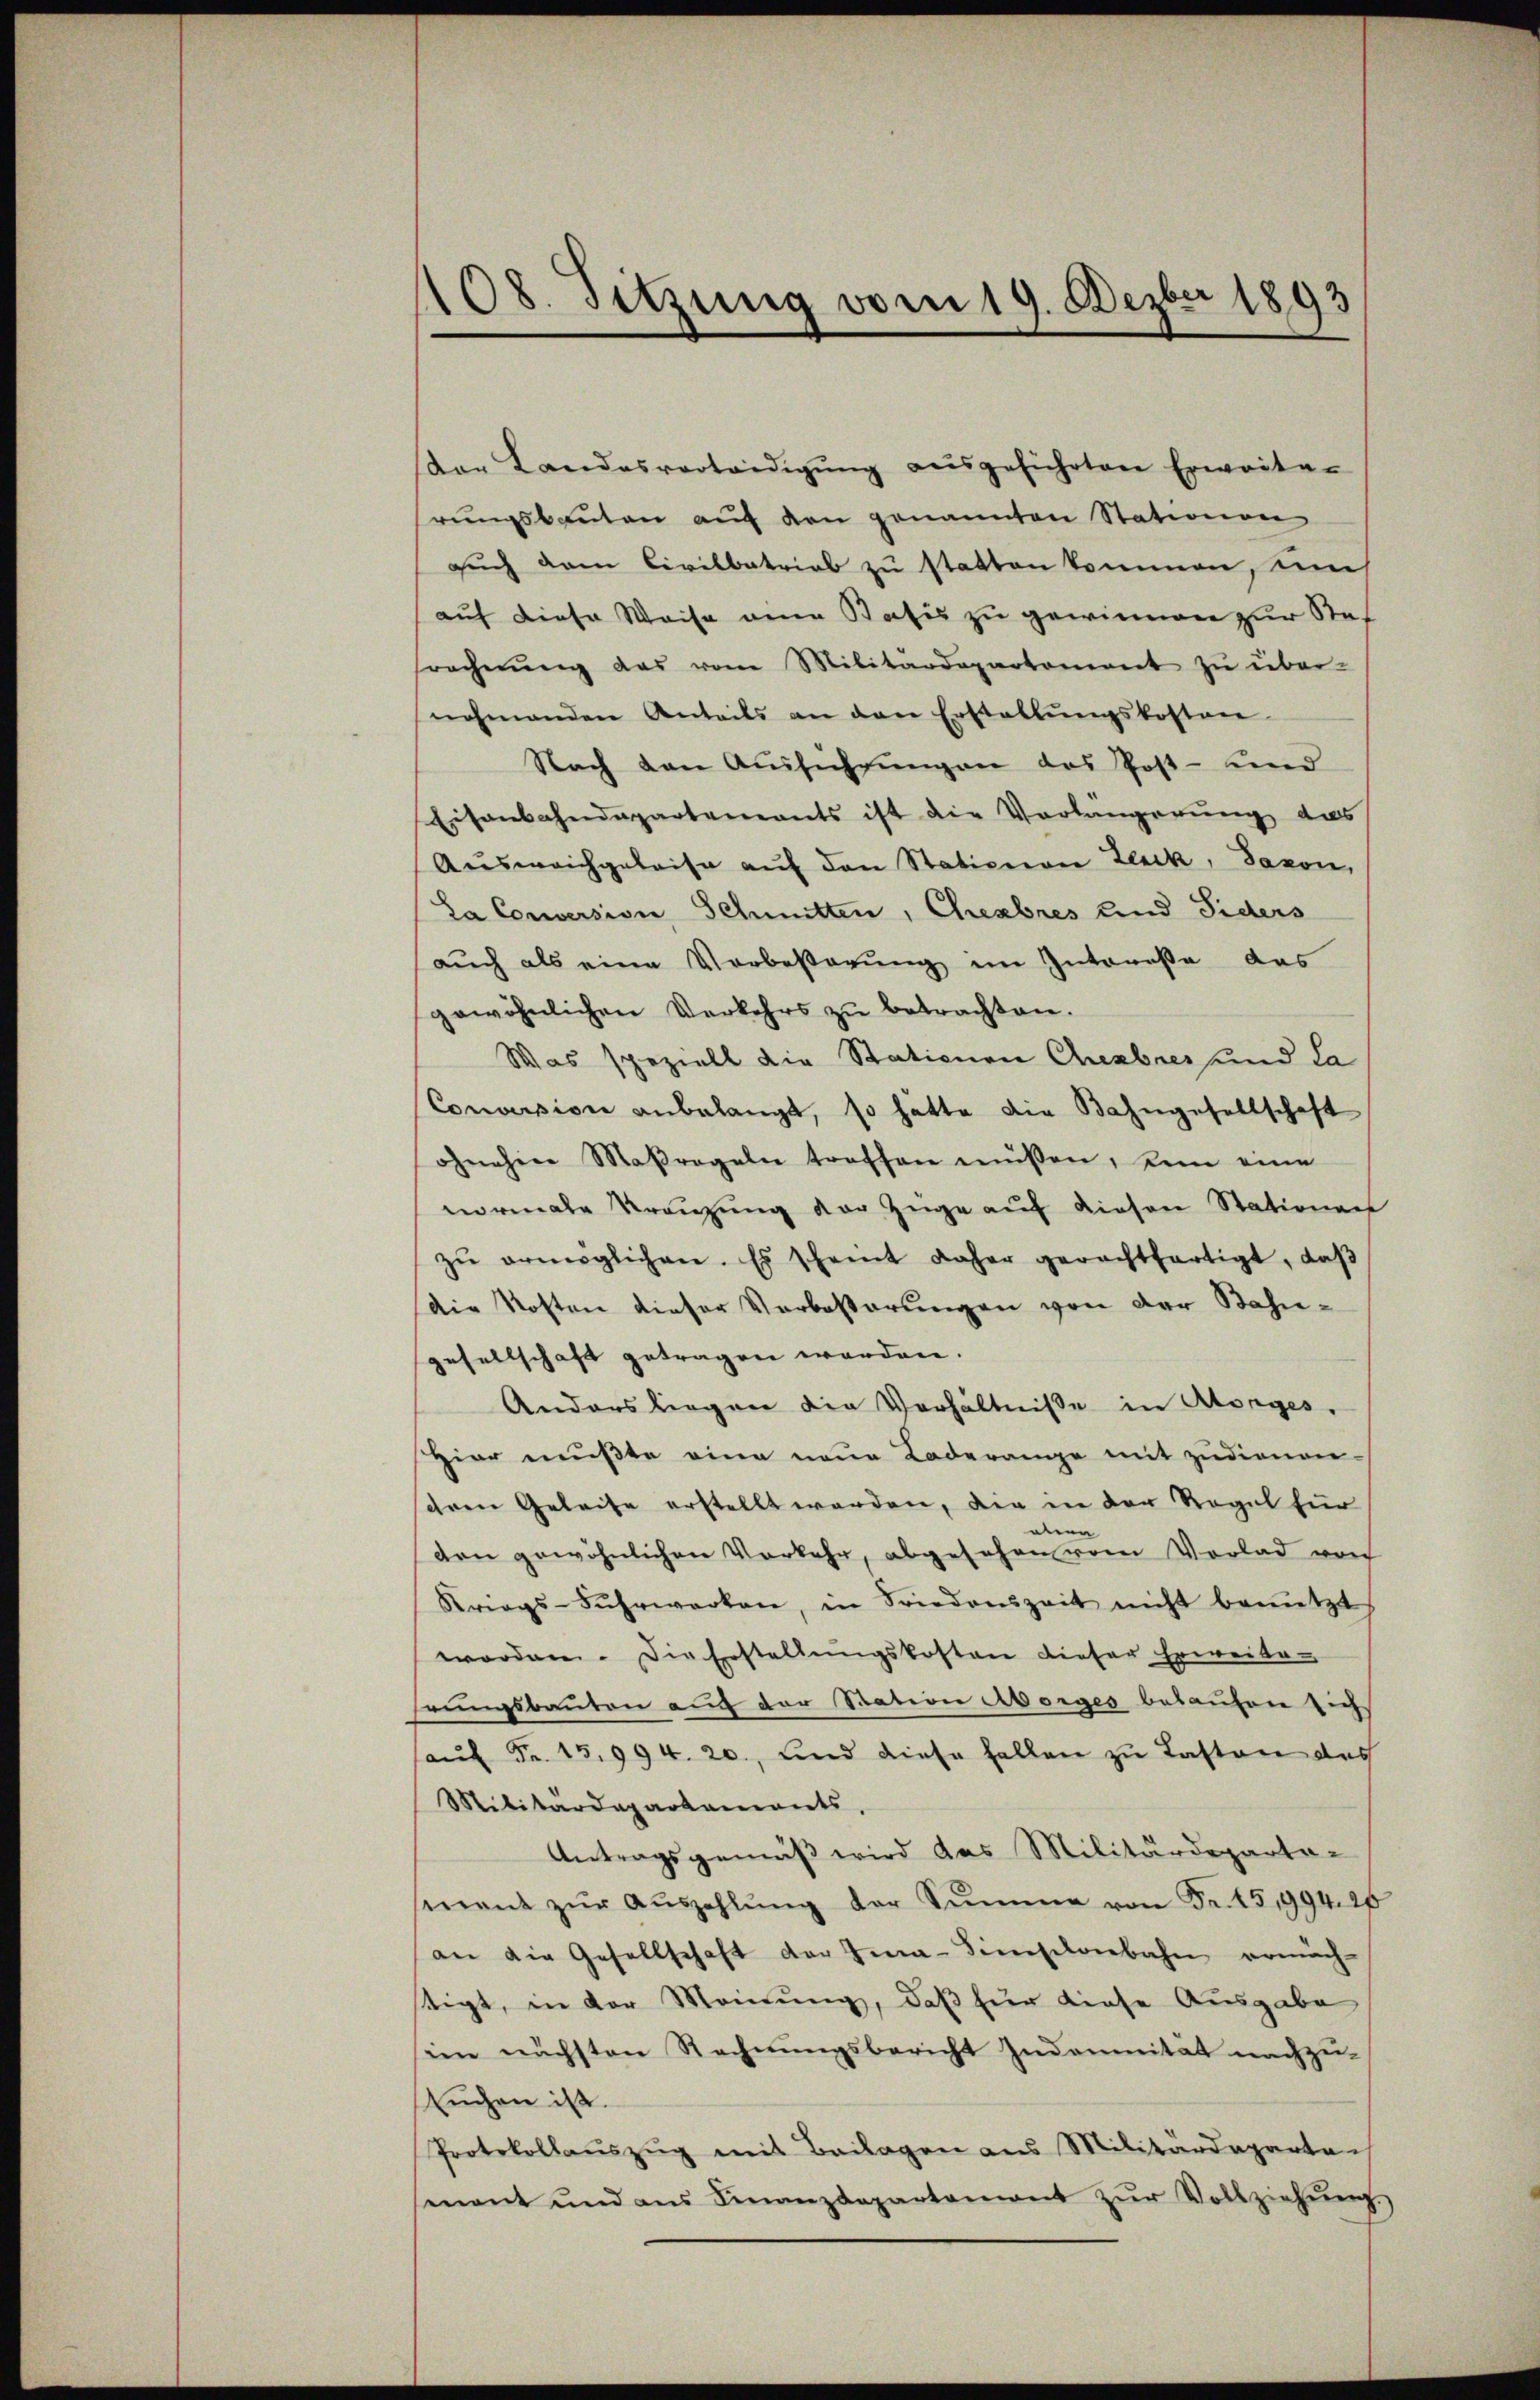
108. Sitzung vom 19. Dezbr 1893

(der Landesverteidigŭng aŭsgeführten Erwarte-
rungsbauten auf den genannten Stationen
auch dem Civilbetrieb zu statten kommen, um
auf diese Weise eine Satis zu gewinnen zur Stof
srechnŭng das vom Militärdepartement zŭ über-
nehmenden Anteils an den Erstellŭngskosten
Nach den Ausführungen des Post- und
Eisenbahndepartements ist die Verlangerung das
Aŭsweichgeleise aŭf den Stationen Zick, Saxon,
La Conversion, Schmitten, Chenbres und Siders
auch als eine Verbeßerung im Intereße das
gewöhnlichen Verkehrs zŭ betrachten.
Was speziell die Stationen Cherbres und da
Conversion anbelangt, so hätte die Bahngesellschaft
ohnehin Maßregeln treffen müßen, kein eine
normale Kreuzung der Züge auf diesen Stationen
zŭ ermöglichen. Es scheint daher gerachtfertigt, daβ
Die Kosten dieser Verbesserungen von der Bahngesellschaft getragen worden.
Anders liegen die Verhältnisse in Morges.
Hier mußte eine neue Laderange mit zudienen-
sihren Geleise erstellt werden, die in der Regel für
eben
den gewöhnlichen Vorkehr, abgesehen vom Vorlad von
Kriegs-Fŭhrwerken, in Friedenszeit nicht benützt.
worden. Die Erstellungskosten dieser Erweiterungsbauten auf der Station Morges belaufen sich
haŭf Fr. 15,994. 20., und diese fallen zu Lasten das
Militärdepartaments
Antragsgemäß wird das Militärdepartamant zŭr Aŭszahlŭng der Sŭmme von Fr. 15,994. 25
an die Gesellschaft der Gia-Sinischenbahn ermäch-
stigt, in der Meinung, daß für diese Ausgabe
sein nächsten Rechnungsbericht Indemnität nachzu-
Euchen ist.
Protokollaŭszŭg mit Beilagen aus Militärdeparten
mant und ans Finanzdepartement zŭr Vollziehŭng.